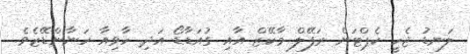
ލަނޑު ޖެހީ ކެޕްޓަން ރަފޭލް މާކޭޒް އާއި ގުއަޑާޑޯ އަދި ހާވިއާ ހަނާންޑޭޒެވެ.